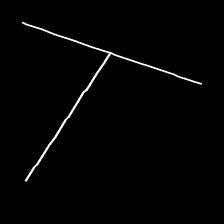
Glyph: column